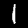
Label: 1